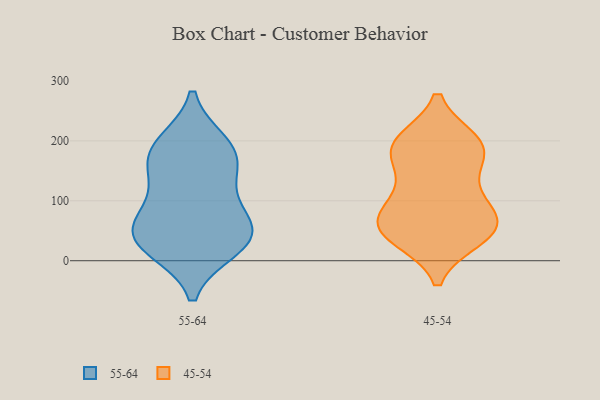
{"axis": {"x": "Churn Rate (%)", "y": "Value"}, "legend": ["45-54", "55-64"], "data": [{"x": "", "y": 51, "type": "55-64"}, {"x": "", "y": 194, "type": "55-64"}, {"x": "", "y": 22, "type": "55-64"}, {"x": "", "y": 40, "type": "55-64"}, {"x": "", "y": 116, "type": "55-64"}, {"x": "", "y": 79, "type": "55-64"}, {"x": "", "y": 180, "type": "55-64"}, {"x": "", "y": 181, "type": "55-64"}, {"x": "", "y": 31, "type": "55-64"}, {"x": "", "y": 45, "type": "55-64"}, {"x": "", "y": 154, "type": "55-64"}, {"x": "", "y": 137, "type": "45-54"}, {"x": "", "y": 62, "type": "45-54"}, {"x": "", "y": 96, "type": "45-54"}, {"x": "", "y": 101, "type": "45-54"}, {"x": "", "y": 193, "type": "45-54"}, {"x": "", "y": 39, "type": "45-54"}, {"x": "", "y": 182, "type": "45-54"}, {"x": "", "y": 185, "type": "45-54"}, {"x": "", "y": 57, "type": "45-54"}, {"x": "", "y": 59, "type": "45-54"}, {"x": "", "y": 43, "type": "45-54"}, {"x": "", "y": 55, "type": "45-54"}, {"x": "", "y": 198, "type": "45-54"}, {"x": "", "y": 192, "type": "45-54"}]}